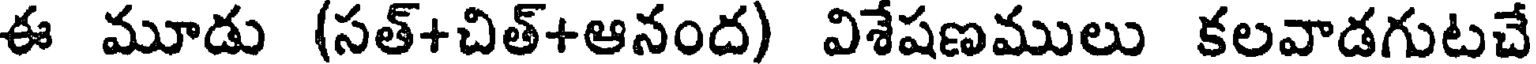
ఈ మూడు (సత్+చిత్+ఆనంద) విశేషణములు కలవాడగుటచే